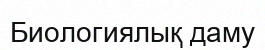
Биологиялық даму